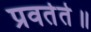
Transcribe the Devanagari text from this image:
प्रवर्तते॥